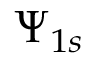
\Psi _ { 1 s }